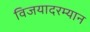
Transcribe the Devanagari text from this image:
विजयादरम्यान